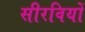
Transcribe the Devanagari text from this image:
सीरवियों